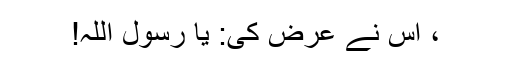
، اُس نے عرض کی: یا رسول اللہ!